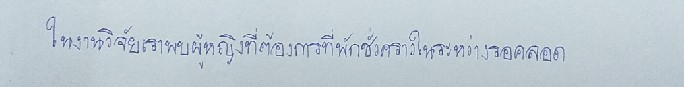
ในงานวิจัยเราพบผู้หญิงที่ต้องการที่พักชั่วคราวในระหว่างรอคลอด